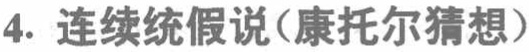
4. 连续统假说(康托尔猜想)